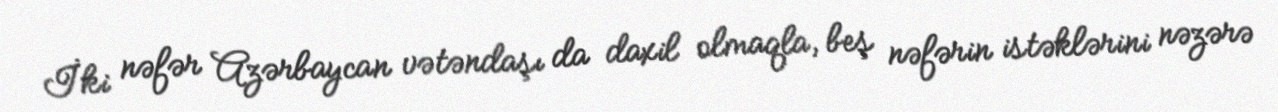
İki nəfər Azərbaycan vətəndaşı da daxil olmaqla, beş nəfərin istəklərini nəzərə